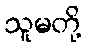
သူမတို့